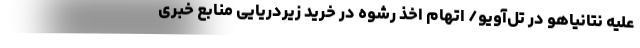
علیه نتانیاهو در تل‌آویو/ اتهام اخذ رشوه در خرید زیردریایی منابع خبری